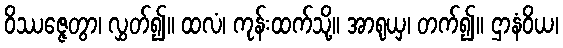
ဝိဿဇ္ဇေတွာ၊ လွှတ်၍။ ထလံ၊ ကုန်းထက်သို့။ အာရုယှ၊ တက်၍။ ဌာနံဝိယ၊